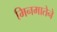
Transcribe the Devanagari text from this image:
मिनमातेने